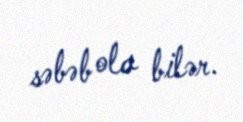
səbəb ola bilər.